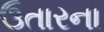
ઉતારના